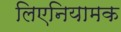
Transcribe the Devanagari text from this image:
लिएनियामक